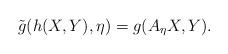
LaTeX: \begin{align*} &\tilde g(h(X,Y),\eta)=g(A_{\eta}X,Y).\end{align*}